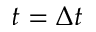
t = \Delta t